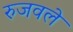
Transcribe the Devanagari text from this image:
रुजवले